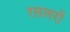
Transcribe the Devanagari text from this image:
रसलरों